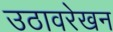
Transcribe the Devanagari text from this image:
उठावरेखन